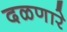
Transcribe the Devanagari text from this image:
दळणारे